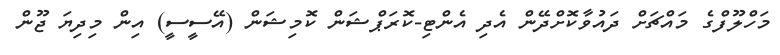
މަހްލޫފްގެ މައްޗަށް ދައުވާކޮށްދޭން އެދި އެންޓި-ކޮރަޕްޝަން ކޮމިޝަން (އޭސީސީ) އިން މިދިޔަ ޖޫން